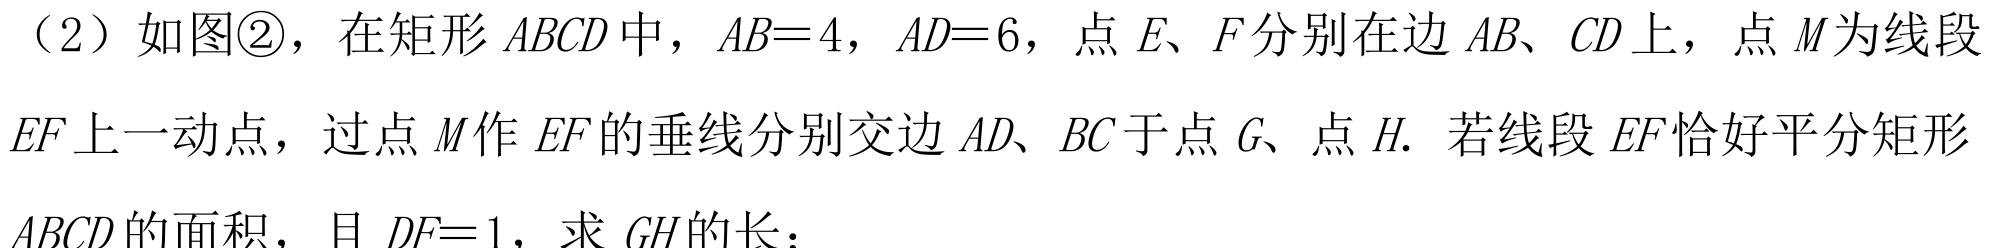
（2）如图\textcircled{2}，在矩形$ABCD$中，$AB = 4$，$AD = 6$，点$E、F$分别在边$AB、CD$上，点$M$为线段$EF$上一动点，过点$M$作$EF$的垂线分别交边$AD、BC$于点$G、$点$H.$ 若线段$EF$恰好平分矩形$ABCD$的面积，且$DF = 1$，求$GH$的长；